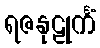
ရဇနုဠုင်္ကံ